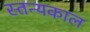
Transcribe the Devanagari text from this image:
स्तन्यकाल